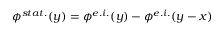
\phi ^ { s t a t . } ( y ) = \phi ^ { e . i . } ( y ) - \phi ^ { e . i . } ( y - x )